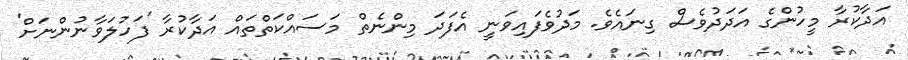
އަދާކުރާ މީހުންގެ އަދަދުވެސް ގިނައެވެ. މަދުވެފައިވަނީ އެފަދަ މިންނެތް މަސައްކަތްތައް އަދާކުރާ 'ފަހުލަވާނުންނަށް'